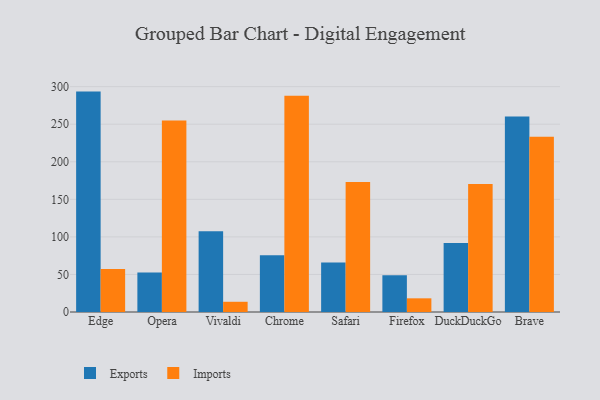
{"axis": {"x": "Browser", "y": "Population (Million)"}, "legend": ["Exports", "Imports"], "data": [{"x": "Edge", "y": 293.4, "type": "Exports"}, {"x": "Edge", "y": 57.4, "type": "Imports"}, {"x": "Opera", "y": 52.5, "type": "Exports"}, {"x": "Opera", "y": 254.9, "type": "Imports"}, {"x": "Vivaldi", "y": 107.5, "type": "Exports"}, {"x": "Vivaldi", "y": 13.6, "type": "Imports"}, {"x": "Chrome", "y": 75.7, "type": "Exports"}, {"x": "Chrome", "y": 288.0, "type": "Imports"}, {"x": "Safari", "y": 66.0, "type": "Exports"}, {"x": "Safari", "y": 173.0, "type": "Imports"}, {"x": "Firefox", "y": 49.0, "type": "Exports"}, {"x": "Firefox", "y": 18.2, "type": "Imports"}, {"x": "DuckDuckGo", "y": 91.9, "type": "Exports"}, {"x": "DuckDuckGo", "y": 170.3, "type": "Imports"}, {"x": "Brave", "y": 260.1, "type": "Exports"}, {"x": "Brave", "y": 233.3, "type": "Imports"}]}